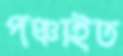
পঞ্চাইত